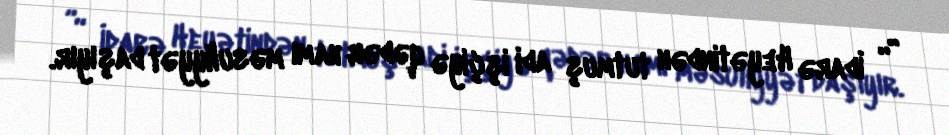
”“ İdarə Heyətindən tutmuş adi işçiyə qədər hamı məsuliyyət daşıyır.